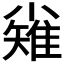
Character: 𪨅